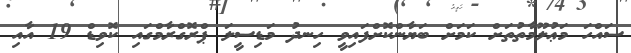
ސައްހަ މަޢުލޫމާތުތަށް ކަމަށް ބަޔާންކޮށްފައިވީ ހިނދު މަޑިސީލަ ޕްރޮގްރާމްގައި ކޮވިޑް 19 އާއި